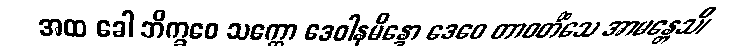
အထ ခေါ ဘိက္ခဝေ သက္ကော ဒေဝါနမိန္ဒော ဒေဝေ တာဝတိံသေ အာမန္တေသိ၊